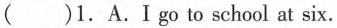
( )1.A.Igo to school at six.